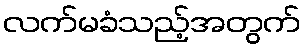
လက်မခံသည့်အတွက်